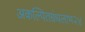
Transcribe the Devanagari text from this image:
अकल्पितग्रंथलाभ२४